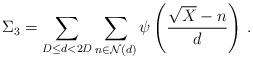
LaTeX: \begin{align*}\Sigma_3=\sum\limits_{D\leq d<2D}\sum\limits_{n\in \mathcal{N}(d)}\psi\left(\frac{\sqrt{X}-n}{d}\right)\,.\end{align*}